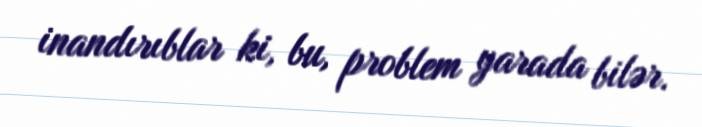
inandırıblar ki, bu, problem yarada bilər.